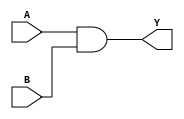
module combinational_logic(input wire A, input wire B, output reg Y);
  
  assign Y = A & B; // Continuous assignment statement 
  
endmodule